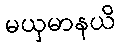
မယှမာနယိ